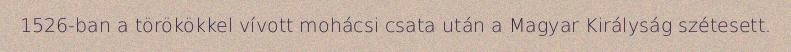
1526-ban a törökökkel vívott mohácsi csata után a Magyar Királyság szétesett.